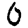
Digit: 0